Report of the Indian Hemp Drugs Commission, 1894-1895 - Volume IV
Year: 1894
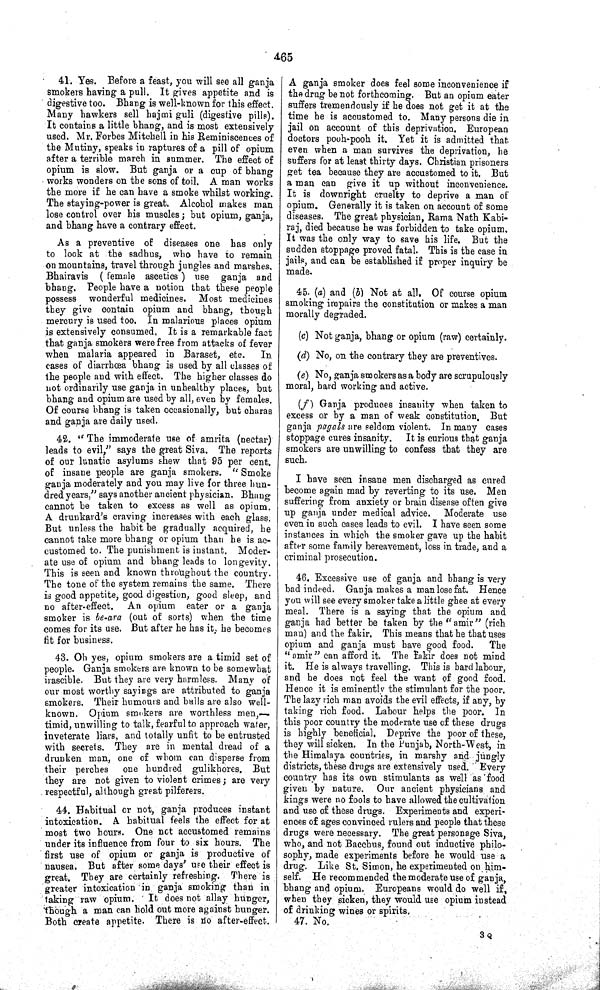
465
41. Yes. Before a feast, you will see all ganja
smokers having a pull. It gives appetite and is
digestive too. Bhang is well-known for this effect.
Many hawkers sell hajmi guli (digestive pills).
It contains a little bhang, and is most extensively
used. Mr. Forbes Mitchell in his Reminiscences of
the Mutiny, speaks in raptures of a pill of opium
after a terrible march in summer. The effect of
opium is slow. But ganja or a cup of bhang
works wonders on the sons of toil. A man works
the more if he can have a smoke whilst working.
The staying-power is great. Alcohol makes man
lose control over his muscles; but opium, ganja,
and bhang have a contrary effect.
As a preventive of diseases one has only
to look at the sadhus, who have to remain
on mountains, travel through jungles and marshes.
Bhairavis ( female ascetics ) use ganja and
bhang. People have a notion that these people
possess wonderful medicines. Most medicines
they give contain opium and bhang, though
mercury is used too. In malarious places opium
is extensively consumed. It is a remarkable fact
that ganja smokers were free from attacks of fever
when malaria appeared in Baraset, etc.
In
cases of diarrhœa bhang is used by all classes of
the people and with effect. The higher classes do
not ordinarily use ganja in unhealthy places, but
bhang and opium are used by all, even by females.
Of course bhang is taken occasionally, but charas
and ganja are daily used.
42. "The immoderate use of amrita (nectar)
leads to evil," says the great Siva. The reports
of our lunatic asylums shew that 95 per cent.
of insane people are ganja smokers.
"Smoke
ganja moderately and you may live for three hun-
dred years," says another ancient physician. Bhang
cannot be taken to excess as well as opium.
A drunkard's craving increases with each glass.
But unless the habit be gradually acquired, he
cannot take more bhang or opium than he is ac-
customed to. The punishment is instant. Moder-
ate use of opium and bhang leads to longevity.
This is seen and known throughout the country.
The tone of the system remains the same. There
is good appetite, good digestion, good sleep, and
no after-effect.
An opium eater or a ganja
smoker is be-ara (out of sorts) when the time
comes for its use. But after he has it, he becomes
fit for business.
43. Oh yes, opium smokers are a timid set of
people. Ganja smokers are known to be somewhat
irascible. But they are very harmless. Many of
our most worthy sayings are attributed to ganja
smokers. Their humours and balls are also well-
known. Opium smokers are worthless men,—
timid, unwilling to talk, fearful to approach water,
inveterate liars, and totally unfit to be entrusted
with secrets. They are in mental dread of a
drunken man, one of whom can disperse from
their perches
one hundred gulikhores. But
they are not given to violent crimes; are very
respectful, although great pilferers.
44. Habitual or not, ganja produces instant
intoxication. A habitual feels the effect for at
most two hours. One not accustomed remains
under its influence from four to six hours. The
first use of opium or ganja is productive of
nausea. But after some days' use their effect is
great. They are certainly refreshing. There is
greater intoxication in ganja smoking than in
taking raw opium. It does not allay hunger,
though a man can hold out more against hunger.
Both create appetite. There is no after-effect.
A ganja smoker does feel some inconvenience if
the drug be not forthcoming. But an opium eater
suffers tremendously if he does not get it at the
time he is accustomed to. Many persons die in
jail on account of this deprivation. European
doctors pooh-pooh it. Yet it is admitted that
even when a man survives the deprivation, he
suffers for at least thirty days. Christian prisoners
get tea because they are accustomed to it. But
a man can give it up without inconvenience.
It is downright cruelty to deprive a man of
opium. Generally it is taken on account of some
diseases. The great physician, Rama Nath Kabi-
raj, died because he was forbidden to take opium.
It was the only way to save his life. But the
sudden stoppage proved fatal. This is the case in
jails, and can be established if proper inquiry be
made.
45. (a) and (b) Not at all. Of course opium
smoking impairs the constitution or makes a man
morally degraded.
(c) Not ganja, bhang or opium (raw) certainly.
(d) No, on the contrary they are preventives.
(e) No, ganja smokers as a body are scrupulously
moral, hard working and active.
(f) Ganja produces insanity when taken to
excess or by a man of weak constitution. But
ganja pagals are seldom violent. In many cases
stoppage cures insanity. It is curious that ganja
smokers are unwilling to confess that they are
such.
I have seen insane men discharged as cured
become again mad by reverting to its use. Men
suffering from anxiety or brain disease often give
up ganja under medical advice. Moderate use
even in such cases leads to evil. I have seen some
instances in which the smoker gave up the habit
after some family bereavement, loss in trade, and a
criminal prosecution.
46. Excessive use of ganja and bhang is very
bad indeed. Ganja makes a man lose fat. Hence
you will see every smoker take a little ghee at every
meal. There is a saying that the opium and
ganja had better be taken by the "amir" (rich
man) and the fakir. This means that he that uses
opium and ganja must have good food.
The
"amir" can afford it. The fakir does not mind
it. He is always travelling. This is bard labour,
and he does not feel the want of good food.
Hence it is eminently the stimulant for the poor.
The lazy rich man avoids the evil effects, if any, by
taking rich food. Labour helps the poor. In
this poor country the moderate use of these drugs
is highly beneficial. Deprive the poor of these,
they will sicken. In the Punjab, North-West, in
the Himalaya countries, in marshy and jungly
districts, these drugs are extensively used. Every
country has its own stimulants as well as food
given by nature. Our ancient physicians and
kings were no fools to have allowed the cultivation
and use of these drugs. Experiments and experi-
ences of ages convinced rulers and people that these
drugs were necessary. The great personage Siva,
who, and not Bacchus, found out inductive philo-
sophy, made experiments before he would use a
drug. Like St. Simon, he experimented on him-
self. He recommended the moderate use of ganja,
bhang and opium. Europeans would do well if,
when they sicken, they would use opium instead
of drinking wines or spirits.
47. No.
3 Q